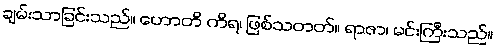
ချမ်းသာခြင်းသည်။ ဟောတိ ကိရ၊ ဖြစ်သတတ်။ ရာဇာ၊ မင်းကြီးသည်။